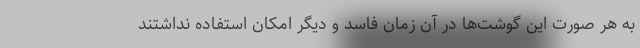
به هر صورت این گوشت‌ها در آن زمان فاسد و دیگر امکان استفاده نداشتند